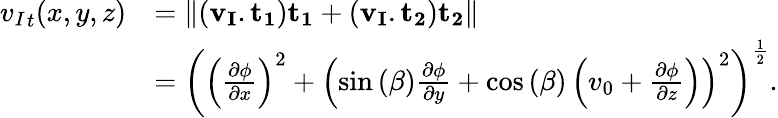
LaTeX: \begin{array}{rl}{{v_{I}}_{t}(x,y,z)}&{=\left\| (\mathbf{v_{I}}.\mathbf{{t_{1}}})\mathbf{{t_{1}}}+(\mathbf{v_{I}}.\mathbf{{t_{2}}})\mathbf{{t_{2}}}\right\| }\\ &{=\left(\left(\frac{\partial\phi}{\partial x}\right)^{2}+\left(\sin{(\beta)}\frac{\partial\phi}{\partial y}+\cos{(\beta)}\left(v_{0}+\frac{\partial\phi}{\partial z}\right)\right)^{2}\right)^{\frac{1}{2}}.}\end{array}